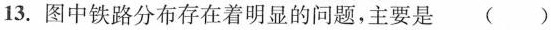
13. 图中铁路分布存在着明显的问题，主要是 ( )